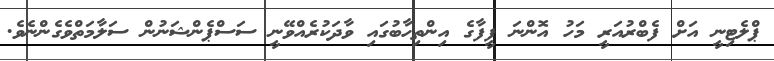
ޕްލެޓިނީ އަށް ފެބްރުއަރީ މަހު އޮންނަ ފީފާގެ އިންތިހާބުގައި ވާދަކުރެއްވޭނީ ސަސްޕެންޝަނުން ސަލާމަތްވެގެންނެވެ.